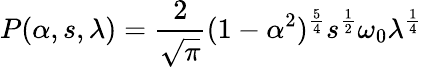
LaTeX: P(\alpha,s,\lambda)=\frac{2}{\sqrt\pi}(1-\alpha^{2})^{\frac{5}{4}}s^{\frac{1}{2}}\omega_{0}\lambda^{\frac{1}{4}}